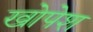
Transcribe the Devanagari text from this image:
खोपेश